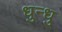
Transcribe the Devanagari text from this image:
धुन्धु